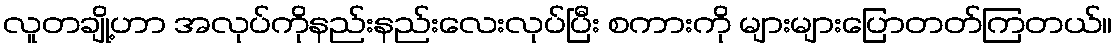
လူတချို့ဟာ အလုပ်ကိုနည်းနည်းလေးလုပ်ပြီး စကားကို များများပြောတတ်ကြတယ်။